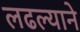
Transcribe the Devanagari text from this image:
लढल्याने